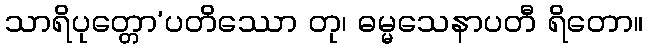
သာရိပုတ္တော’ပတိဿော တု၊ ဓမ္မသေနာပတီ ရိတော။